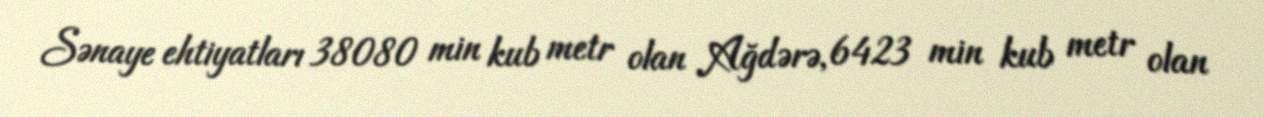
Sənaye ehtiyatları 38080 min kub metr olan Ağdərə, 6423 min kub metr olan